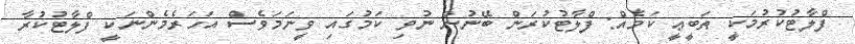
ފްލާޓުކުރުމަކީ ޠަބީޢީ ކަމެއް: ފްލާޓުކުރަން ބޭނުން ނުވި ކަމުގައި ވީނަމަވެސް އަހަރެމެންނަކީ ފްލާޓުކުރާ